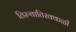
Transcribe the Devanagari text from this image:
तिरुवातिरक्कळी